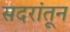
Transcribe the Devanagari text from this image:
सदरांतून